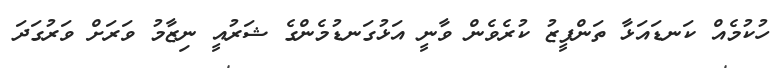
ހުކުމެއް ކަނޑައަޅާ ތަންފީޒު ކުރެވެން ވާނީ އަޅުގަނޑުމެންގެ ޝަރުއީ ނިޒާމު ވަރަށް ވަރުގަދަ